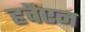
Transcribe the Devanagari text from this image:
हवैएन